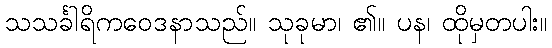
သသင်္ခါရိကဝေဒနာသည်။ သုခုမာ၊ ၏။ ပန၊ ထိုမှတပါး။